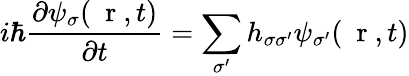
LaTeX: i\hbar\frac{\partial\psi_{\sigma}(\mathrm{~\mathbf~r~},t)}{\partial t}=\sum_{\sigma^{\prime}}h_{\sigma\sigma^{\prime}}\psi_{\sigma^{\prime}}(\mathrm{~\mathbf~r~},t)